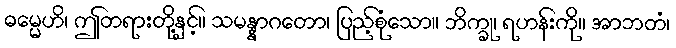
ဓမ္မေဟိ၊ ဤတရားတို့နှင့်။ သမန္နာဂတော၊ ပြည့်စုံသော။ ဘိက္ခု၊ ရဟန်းကို။ အာဘတံ၊